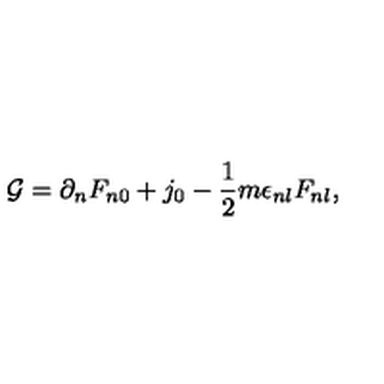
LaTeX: { \cal G } = \partial _ { n } F _ { n 0 } + j _ { 0 } - \frac { 1 } { 2 } m \epsilon _ { n l } F _ { n l } ,